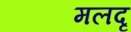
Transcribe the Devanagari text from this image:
मलदृ